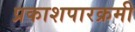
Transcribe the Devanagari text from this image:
प्रकाशपारक्रमी